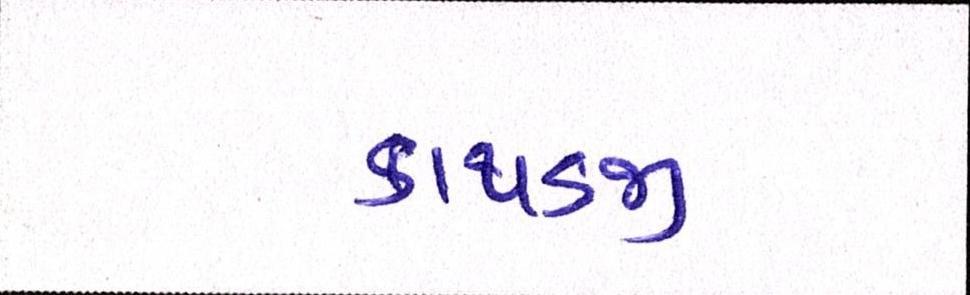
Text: કાથડજી